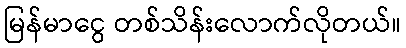
မြန်မာငွေ တစ်သိန်းလောက်လိုတယ်။